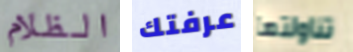
الظلام عرفتك تناولتها